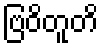
ဗြဝိတူတိ